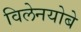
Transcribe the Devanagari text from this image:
विलेनयोबे